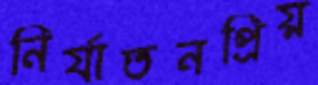
নির্যাতনপ্রিয়